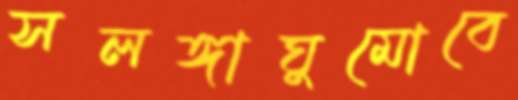
সলঙ্গাঘুমোবে